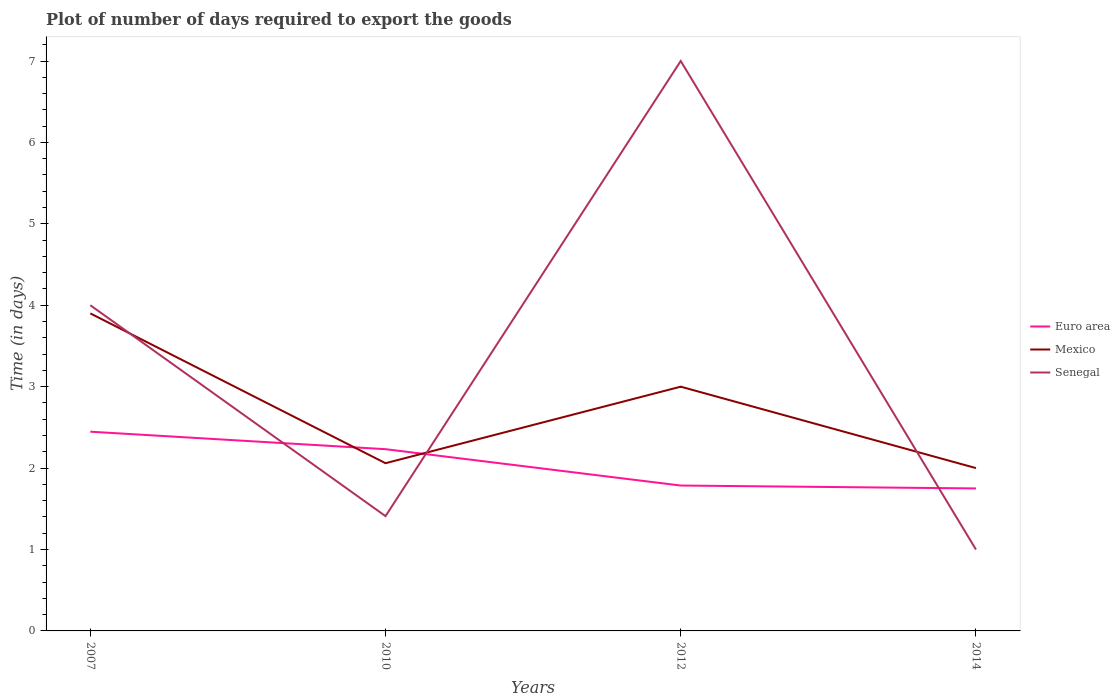
| Years | Euro area | Mexico | Senegal |
 | --- | --- | --- | --- |
 | 2007 | 2.45 | 3.9 | 4 |
 | 2010 | 2.23 | 2.06 | 1.41 |
 | 2012 | 1.79 | 3 | 7 |
 | 2014 | 1.75 | 2 | 1 |